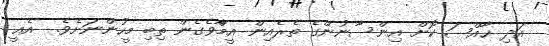
އަދި ޚާއްޞަ ކޮށް އިންސާނުންގެ ތެރެއިން އީމާްވެގެން ތިބި މީހުންނަށެވެ.  އެއީ